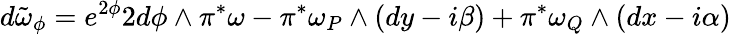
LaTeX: d\tilde{\omega}_{\phi}=e^{2\phi}2d\phi\wedge\pi^{\ast}\omega-\pi^{\ast}\omega_{P}\wedge(dy-i\beta)+\pi^{\ast}\omega_{Q}\wedge(dx-i\alpha)